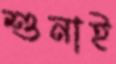
শুনাই